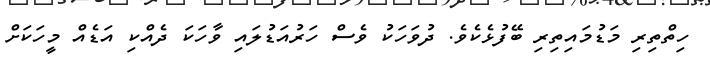
ހިތްތިރި މަޑުމައިތިރި ބޭފުޅެކެވެ. ދުވަހަކު ވެސް ހަރުއަޑުލައި ވާހަކަ ދެއްކި އަޑެއް މީހަކަށް